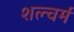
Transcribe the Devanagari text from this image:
शल्चर्म